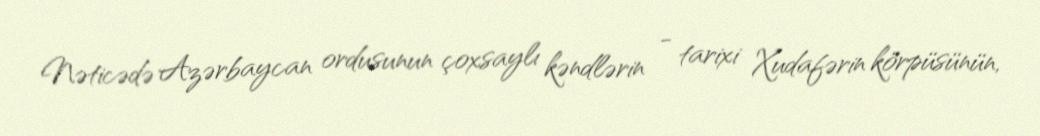
Nəticədə Azərbaycan ordusunun çoxsaylı kəndlərin - tarixi Xudafərin körpüsünün,